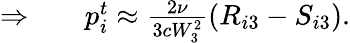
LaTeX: \begin{array}{rlr}{\Rightarrow}&{{}}&{p_{i}^{t}\approx\frac{2\nu}{3cW_{3}^{2}}(R_{i3}-S_{i3}).}\end{array}